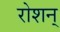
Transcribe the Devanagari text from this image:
रोशन्